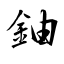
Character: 鈾